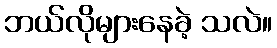
ဘယ်လိုများနေခဲ့ သလဲ။